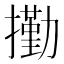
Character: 𰔭